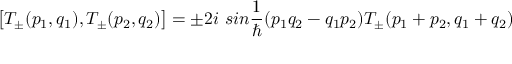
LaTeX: \bigl [ T _ { \pm } ( p _ { 1 } , q _ { 1 } ) , T _ { \pm } ( p _ { 2 } , q _ { 2 } ) \bigr ] = \pm 2 i \ s i n \frac { 1 } { \hbar } ( p _ { 1 } q _ { 2 } - q _ { 1 } p _ { 2 } ) T _ { \pm } ( p _ { 1 } + p _ { 2 } , q _ { 1 } + q _ { 2 } )